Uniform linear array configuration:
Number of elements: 24
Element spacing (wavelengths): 0.75
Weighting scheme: hamming
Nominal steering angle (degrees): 0
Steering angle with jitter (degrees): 1.336
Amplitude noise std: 0.05
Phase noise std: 0.05

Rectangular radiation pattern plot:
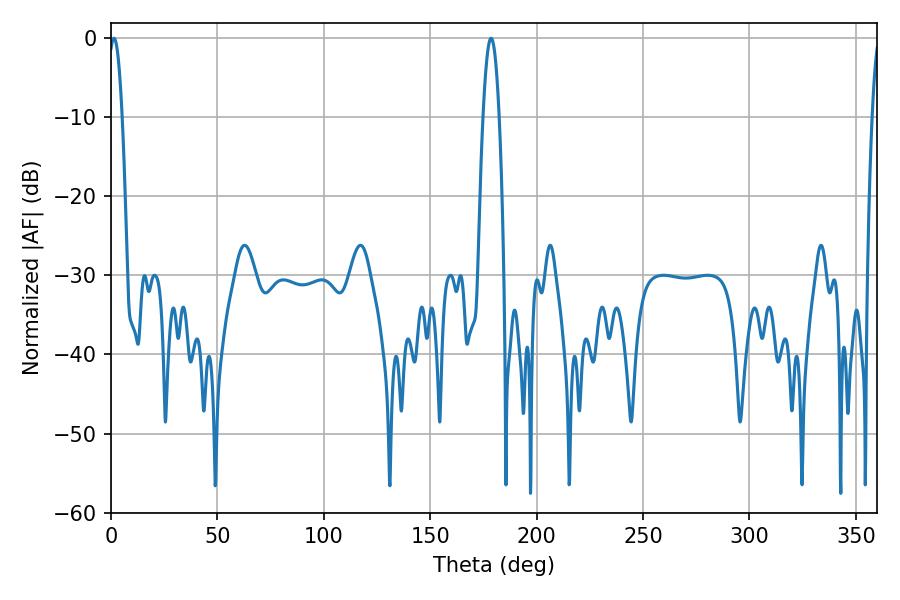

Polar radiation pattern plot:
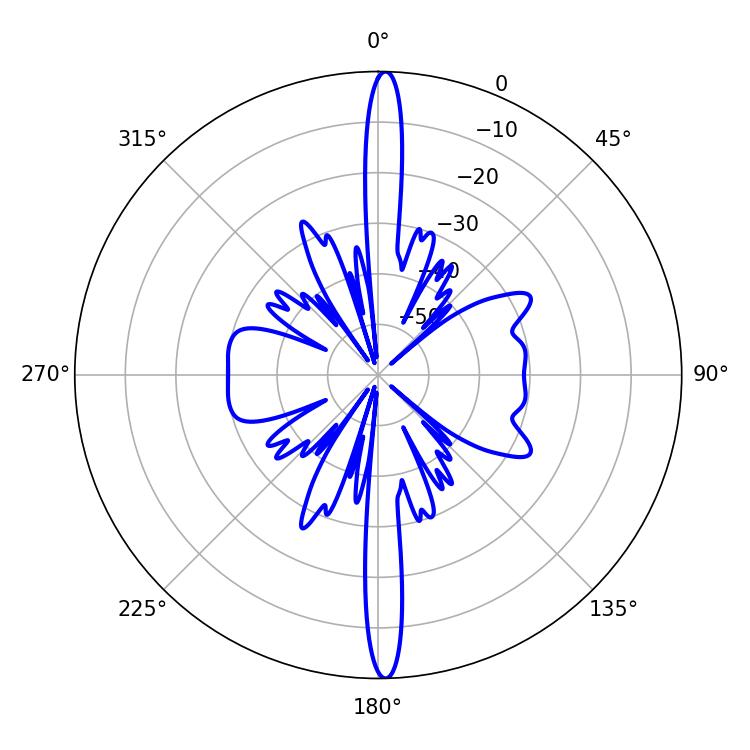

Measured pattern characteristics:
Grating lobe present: TRUE
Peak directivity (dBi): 26.697
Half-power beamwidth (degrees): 3.42
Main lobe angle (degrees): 1.44